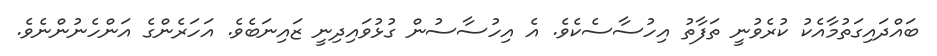
ބައްދައިގަތުމާއެކު ކުރެވުނީ ތަފާތު އިހުސާސެކެވެ. އެ އިހުސާސުން ގުޅުވައިދިނީ ޒައިނަބެވެ. އަހަރެންގެ އަންހެނުންނެވެ.